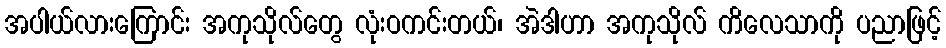
အပါယ်လားကြောင်း အကုသိုလ်တွေ လုံးဝကင်းတယ်၊ အဲဒါဟာ အကုသိုလ် ကိလေသာကို ပညာဖြင့်